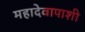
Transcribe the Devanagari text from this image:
महादेवापाशी